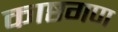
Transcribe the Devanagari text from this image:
काष्ठगण